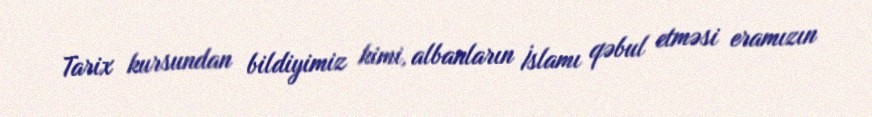
Tarix kursundan bildiyimiz kimi, albanların İslamı qəbul etməsi eramızın